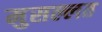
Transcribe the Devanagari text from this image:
मुसल्लत